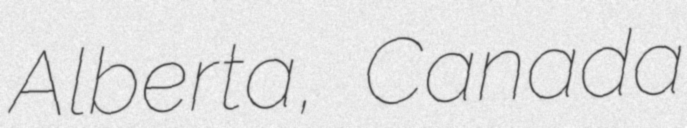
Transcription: Alberta, Canada